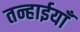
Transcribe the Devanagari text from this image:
तन्हाईयाँ